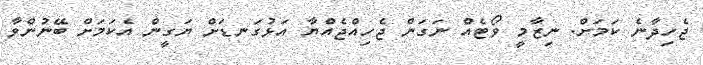
ޖެހިދާނެ ކަމަށް. ނިޒާމީ ވޯޓެއް ނަގަން ޖެހިއްޖެއްޔާ އަޅުގަނޑަށް ޔަގީން އެކަމަށް ބޭނުންވާ